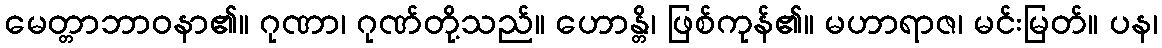
မေတ္တာဘာဝနာ၏။ ဂုဏာ၊ ဂုဏ်တို့သည်။ ဟောန္တိ၊ ဖြစ်ကုန်၏။ မဟာရာဇ၊ မင်းမြတ်။ ပန၊